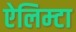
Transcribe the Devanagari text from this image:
ऐलिम्टा